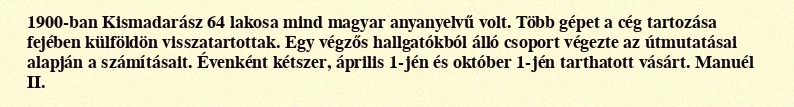
1900-ban Kismadarász 64 lakosa mind magyar anyanyelvű volt. Több gépet a cég tartozása fejében külföldön visszatartottak. Egy végzős hallgatókból álló csoport végezte az útmutatásai alapján a számításait. Évenként kétszer, április 1-jén és október 1-jén tarthatott vásárt. Manuél II.